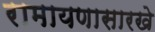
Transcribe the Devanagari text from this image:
रामायणासारखे